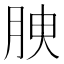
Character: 𦚤